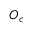
O _ { c }